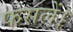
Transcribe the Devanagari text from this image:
फसलें।